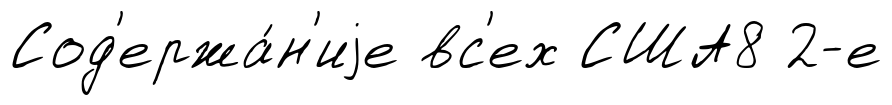
Сод'ержа́н'иjе вс'ех США8 2-е